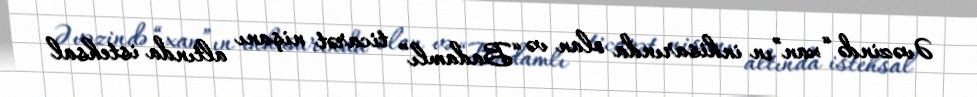
Əvəzində “xan”ın inhisarında olan və “Badamlı” ticarət nişanı altında istehsal